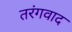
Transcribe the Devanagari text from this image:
तरंगवाद